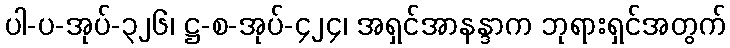
ပါ-ပ-အုပ်-၃၂၆၊ ဋ္ဌ-စ-အုပ်-၄၂၄၊ အရှင်အာနန္ဒာက ဘုရားရှင်အတွက်